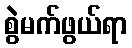
စွဲမက်ဖွယ်ရာ